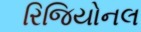
રિજિયોનલ